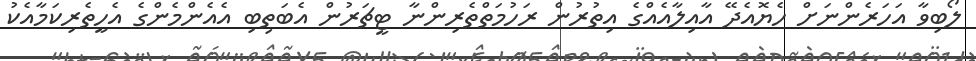
ލޯބިވާ އަހަރެންނަށް ހެޔޮއެދޭ އާއިލާއެއްގެ އިތުރުން ރަހުމަތްތެރިންނާ ޓީޗަރުން އެބަތިބި އެއެންމެންގެ އެހީތެރިކަމާއެކު